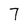
Character: 7